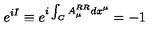
e ^ { i I } \equiv e ^ { i \int _ { C } A _ { \mu } ^ { R R } d x ^ { \mu } } = - 1